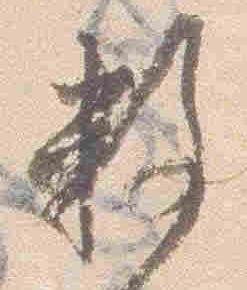
数